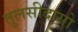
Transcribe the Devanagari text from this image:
तुलसीदासो